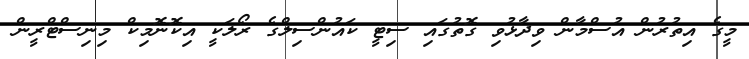
މީގެ އިތުރުން އުސްމާން ވިދާޅުވި ގޮތުގައި ސިޓީ ކައުންސިލްގެ ރޯލަކީ އިކޮނޮމިކް މިނިސްޓްރީން